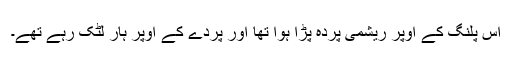
اس پلنگ کے اوپر ریشمی پردہ پڑا ہوا تھا اور پردے کے اوپر ہار لٹک رہے تھے۔